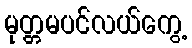
မုတ္တမပင်လယ်ကွေ့